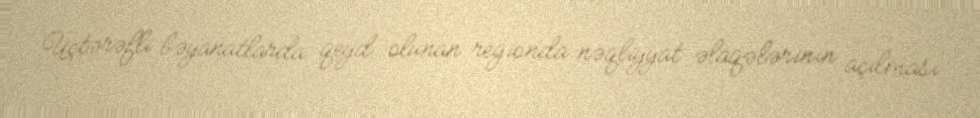
Üçtərəfli bəyanatlarda qeyd olunan regionda nəqliyyat əlaqələrinin açılması